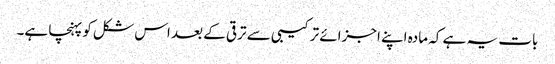
بات یہ ہے کہ مادہ اپنے اجزائے ترکیبی سے ترقی کے بعد اس شکل کو پہنچا ہے۔